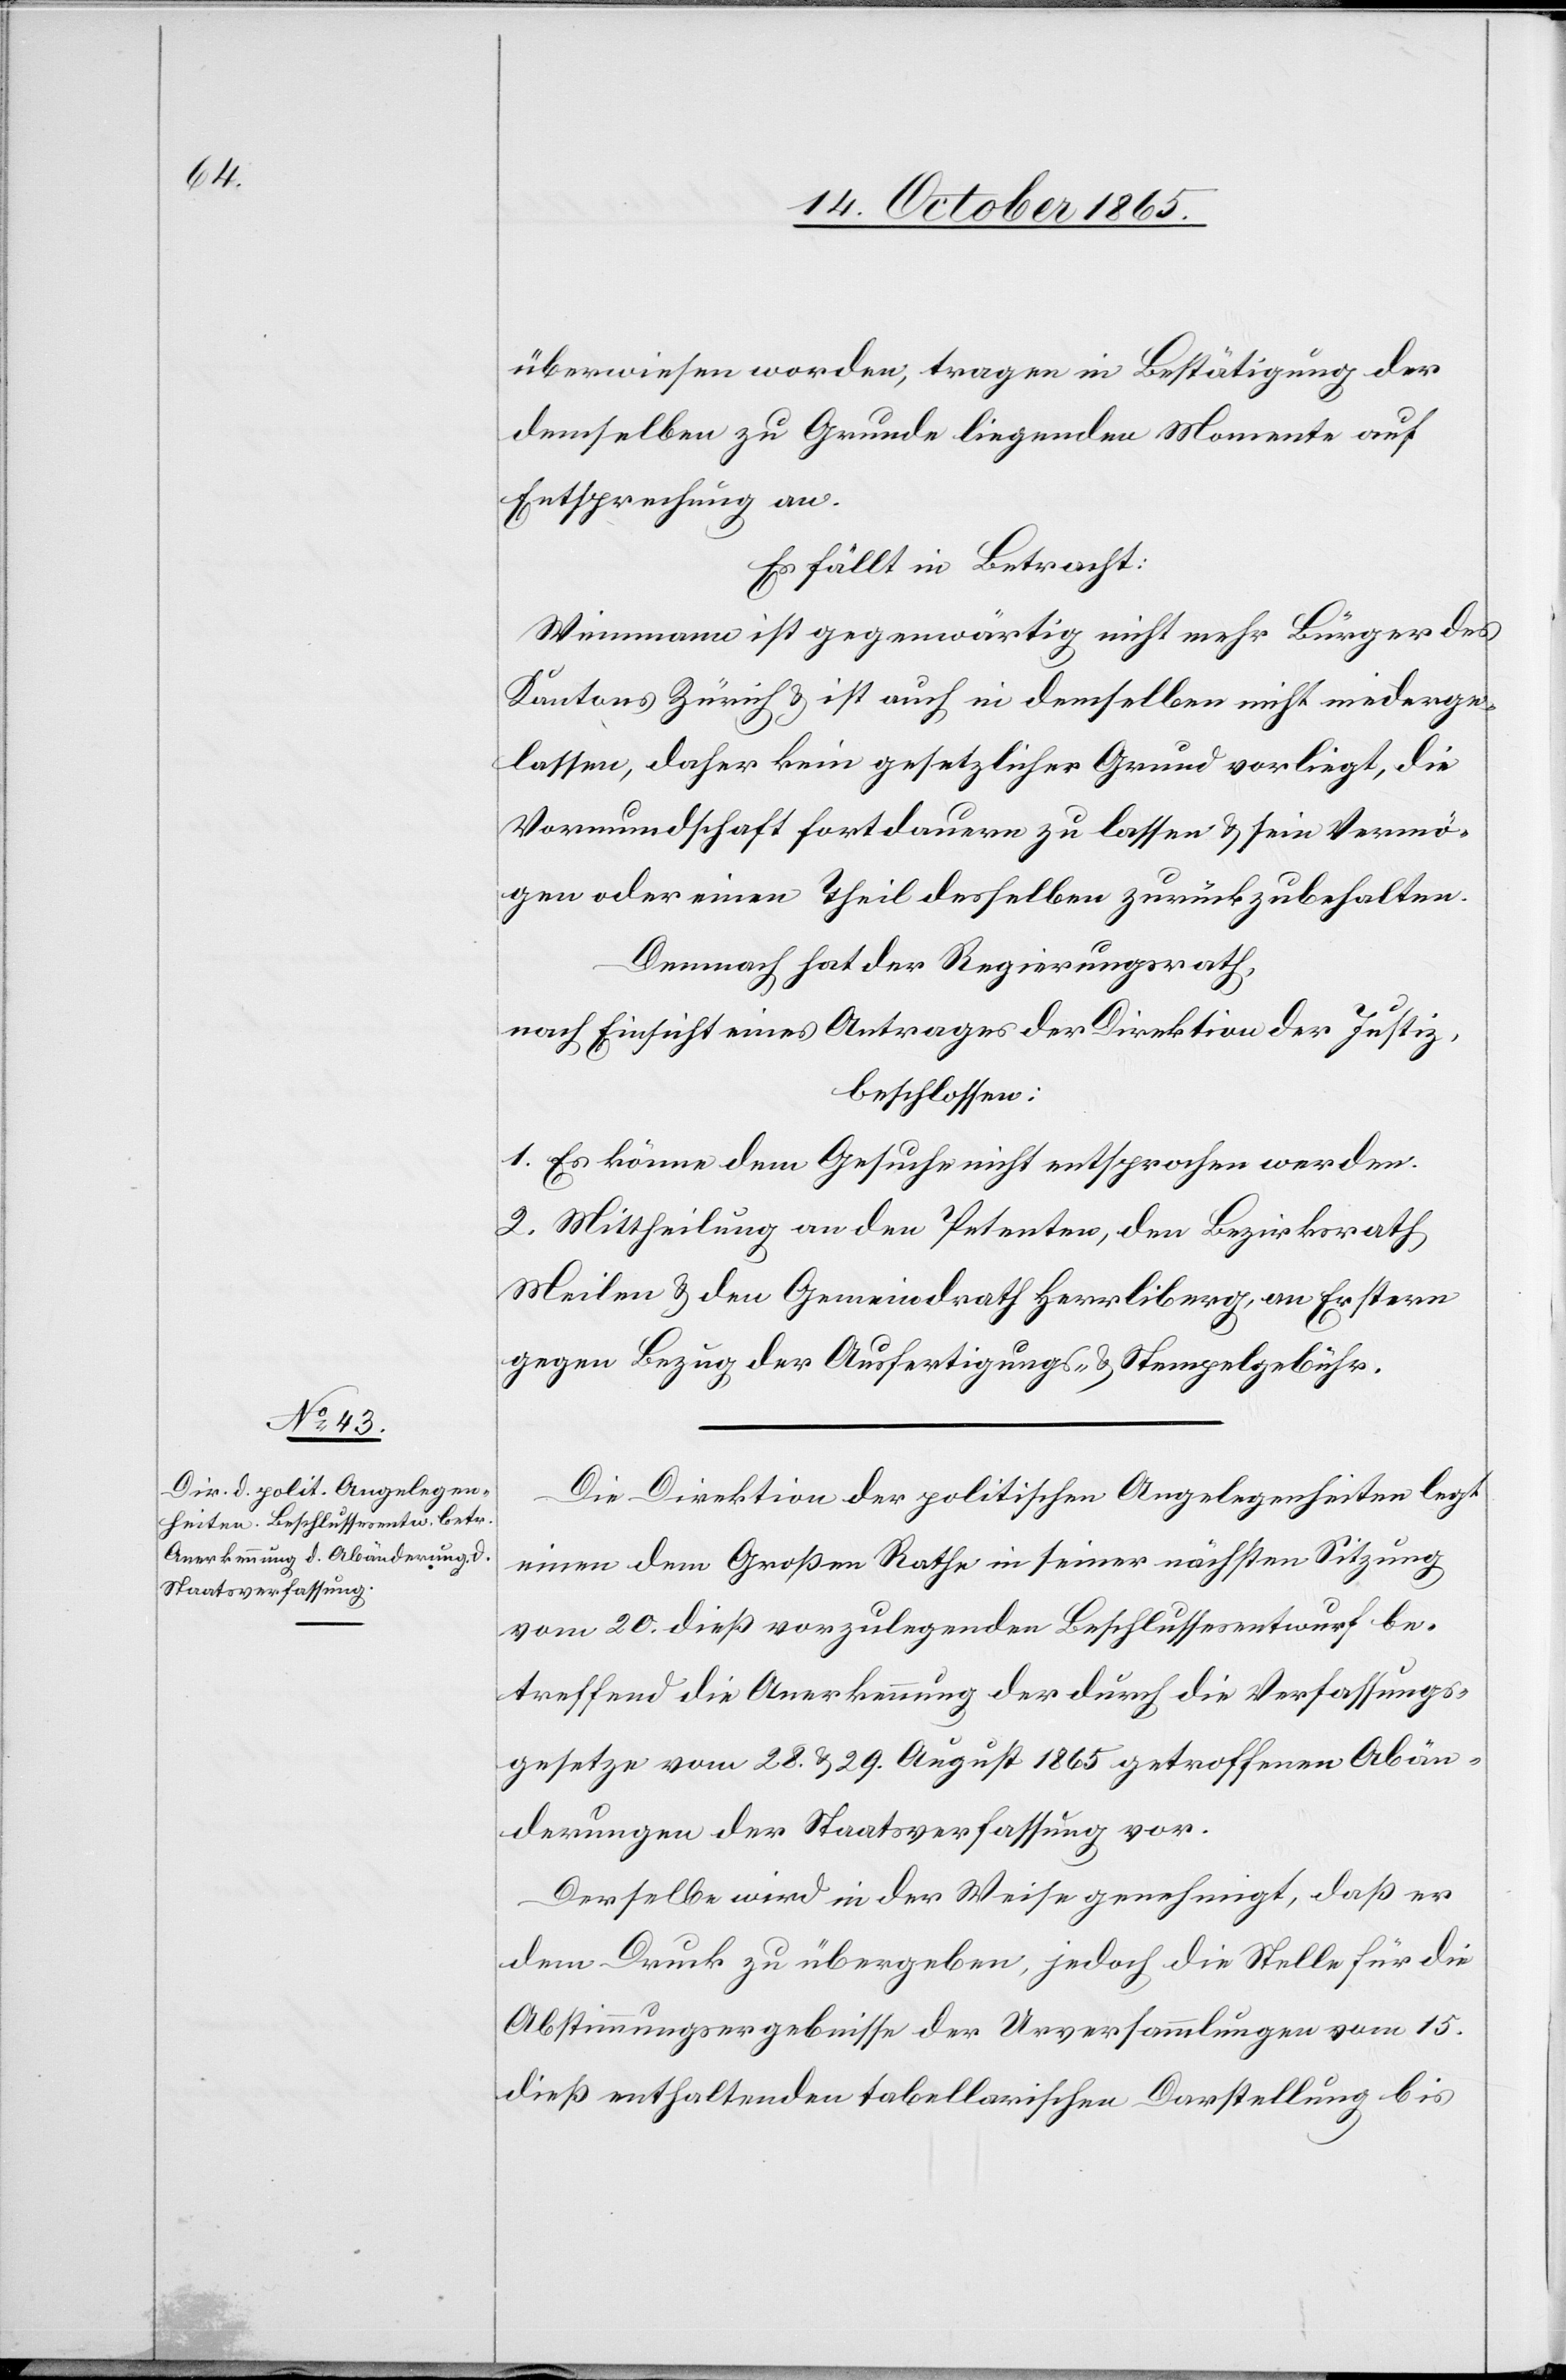
überwiesen worden, tragen in Bestätigung der
demselben zu Grunde liegenden Momente auf
Entsprechung an.
Es fällt in Betracht:
Weinmann ist gegenwärtig nicht mehr Bürger des
Kantons Zürich & ist auch in demselben nicht niederge¬
lassen, daher kein gesetzlicher Grund vorliegt, die
Vormundschaft fortdauern zu lassen & sein Vermö¬
gen oder einen Theil desselben zurückzubehalten.
Demnach hat der Regierungsrath,
nach Einsicht eines Antrages der Direktion der Justiz,
beschlossen:
1. Es könne dem Gesuche nicht entsprochen werden.
2. Mittheilung an den Petenten, den Bezirksrath
Meilen & den Gemeindrath Herrliberg, an Erstern
gegen Bezug der Ausfertigungs- & Stempelgebühr.
Die Direktion der politischen Angelegenheiten legt
einen dem Großen Rathe in seiner nächsten Sitzung
vom 20. dieß vorzulegenden Beschlussesentwurf be¬
treffend die Anerkennung der durch die Verfassungs¬
gesetze vom 28. & 29. August 1865 getroffenen Abän¬
derungen der Staatsverfassung vor.
Derselbe wird in der Weise genehmigt, daß er
dem Druck zu übergeben, jedoch die Stelle für die
Abstimmungsergebnisse der Urversammlungen vom 15.
dieß enthaltenden tabellarischen Darstellung bis